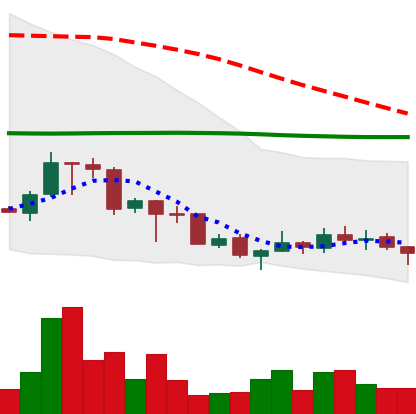
Ticker: TRX-USD
Chart end date: 2018-07-06
Forward return: -9.187%
Label: down_7plus